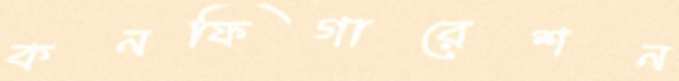
কনফিগারেশন